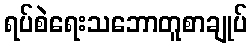
ရပ်စဲရေးသဘောတူစာချုပ်